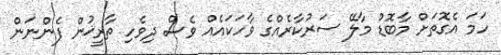
ހަމަ އެގޮތަށް މާބޮޑު މާލޭ ސަރުކާރެއްގެ ވާހަކައެއް ވެސް ދިވެހި ތާރީޚުން ފެންނަން